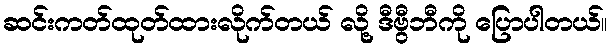
ဆင်းကတ်ထုတ်ထားလိုက်တယ် လို့ ဒီဗွီဘီကို ပြောပါတယ်။